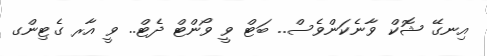
އިނގޭ ޝޮކް ވާނެކަންވެސް.. ބަޓް ވީ ވޯންޓް ދެޓް.. ވީ އާރ ގެޓިންގ